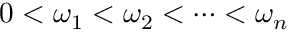
0 < \omega _ { 1 } < \omega _ { 2 } < \cdots < \omega _ { n }